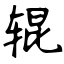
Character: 辊